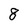
Character: 8